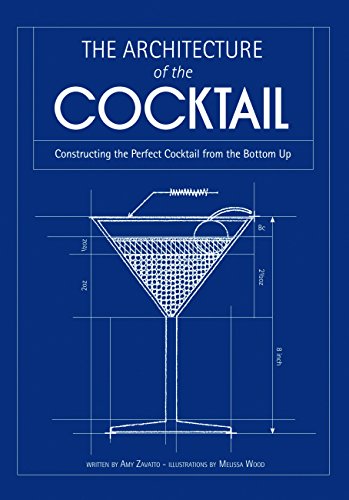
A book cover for The Architecture of the Cocktail: Constructing the Perfect Cocktail from the Bottom Up; Amy Zavatto; Cookbooks, Food & Wine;